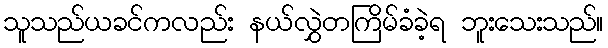
သူသည်ယခင်ကလည်း နယ်လွှဲတကြိမ်ခံခဲ့ရ ဘူးသေးသည်။